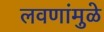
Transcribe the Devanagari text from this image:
लवणांमुळे